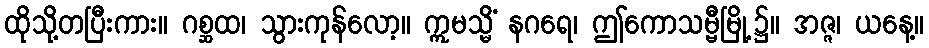
ထိုသို့တပြီးကား။ ဂစ္ဆထ၊ သွားကုန်လော့။ ဣမသ္မိံ နဂရေ၊ ဤကောသမ္ဗီမြို့၌။ အဇ္ဇ၊ ယနေ့။